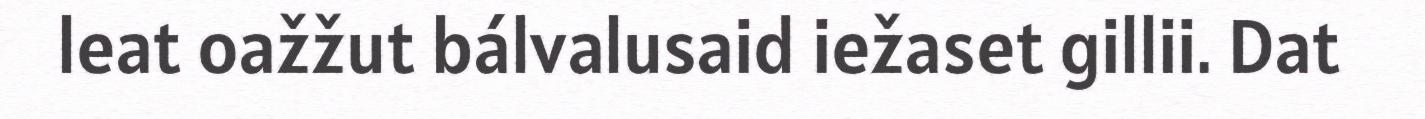
leat oažžut bálvalusaid iežaset gillii. Dat